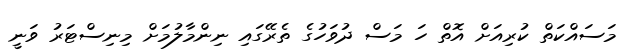
މަސައްކަތް ކުރިއަށް އޮތް ހަ މަސް ދުވަހުގެ ތެރޭގައި ނިންމާލުމަށް މިނިސްޓަރު ވަނީ